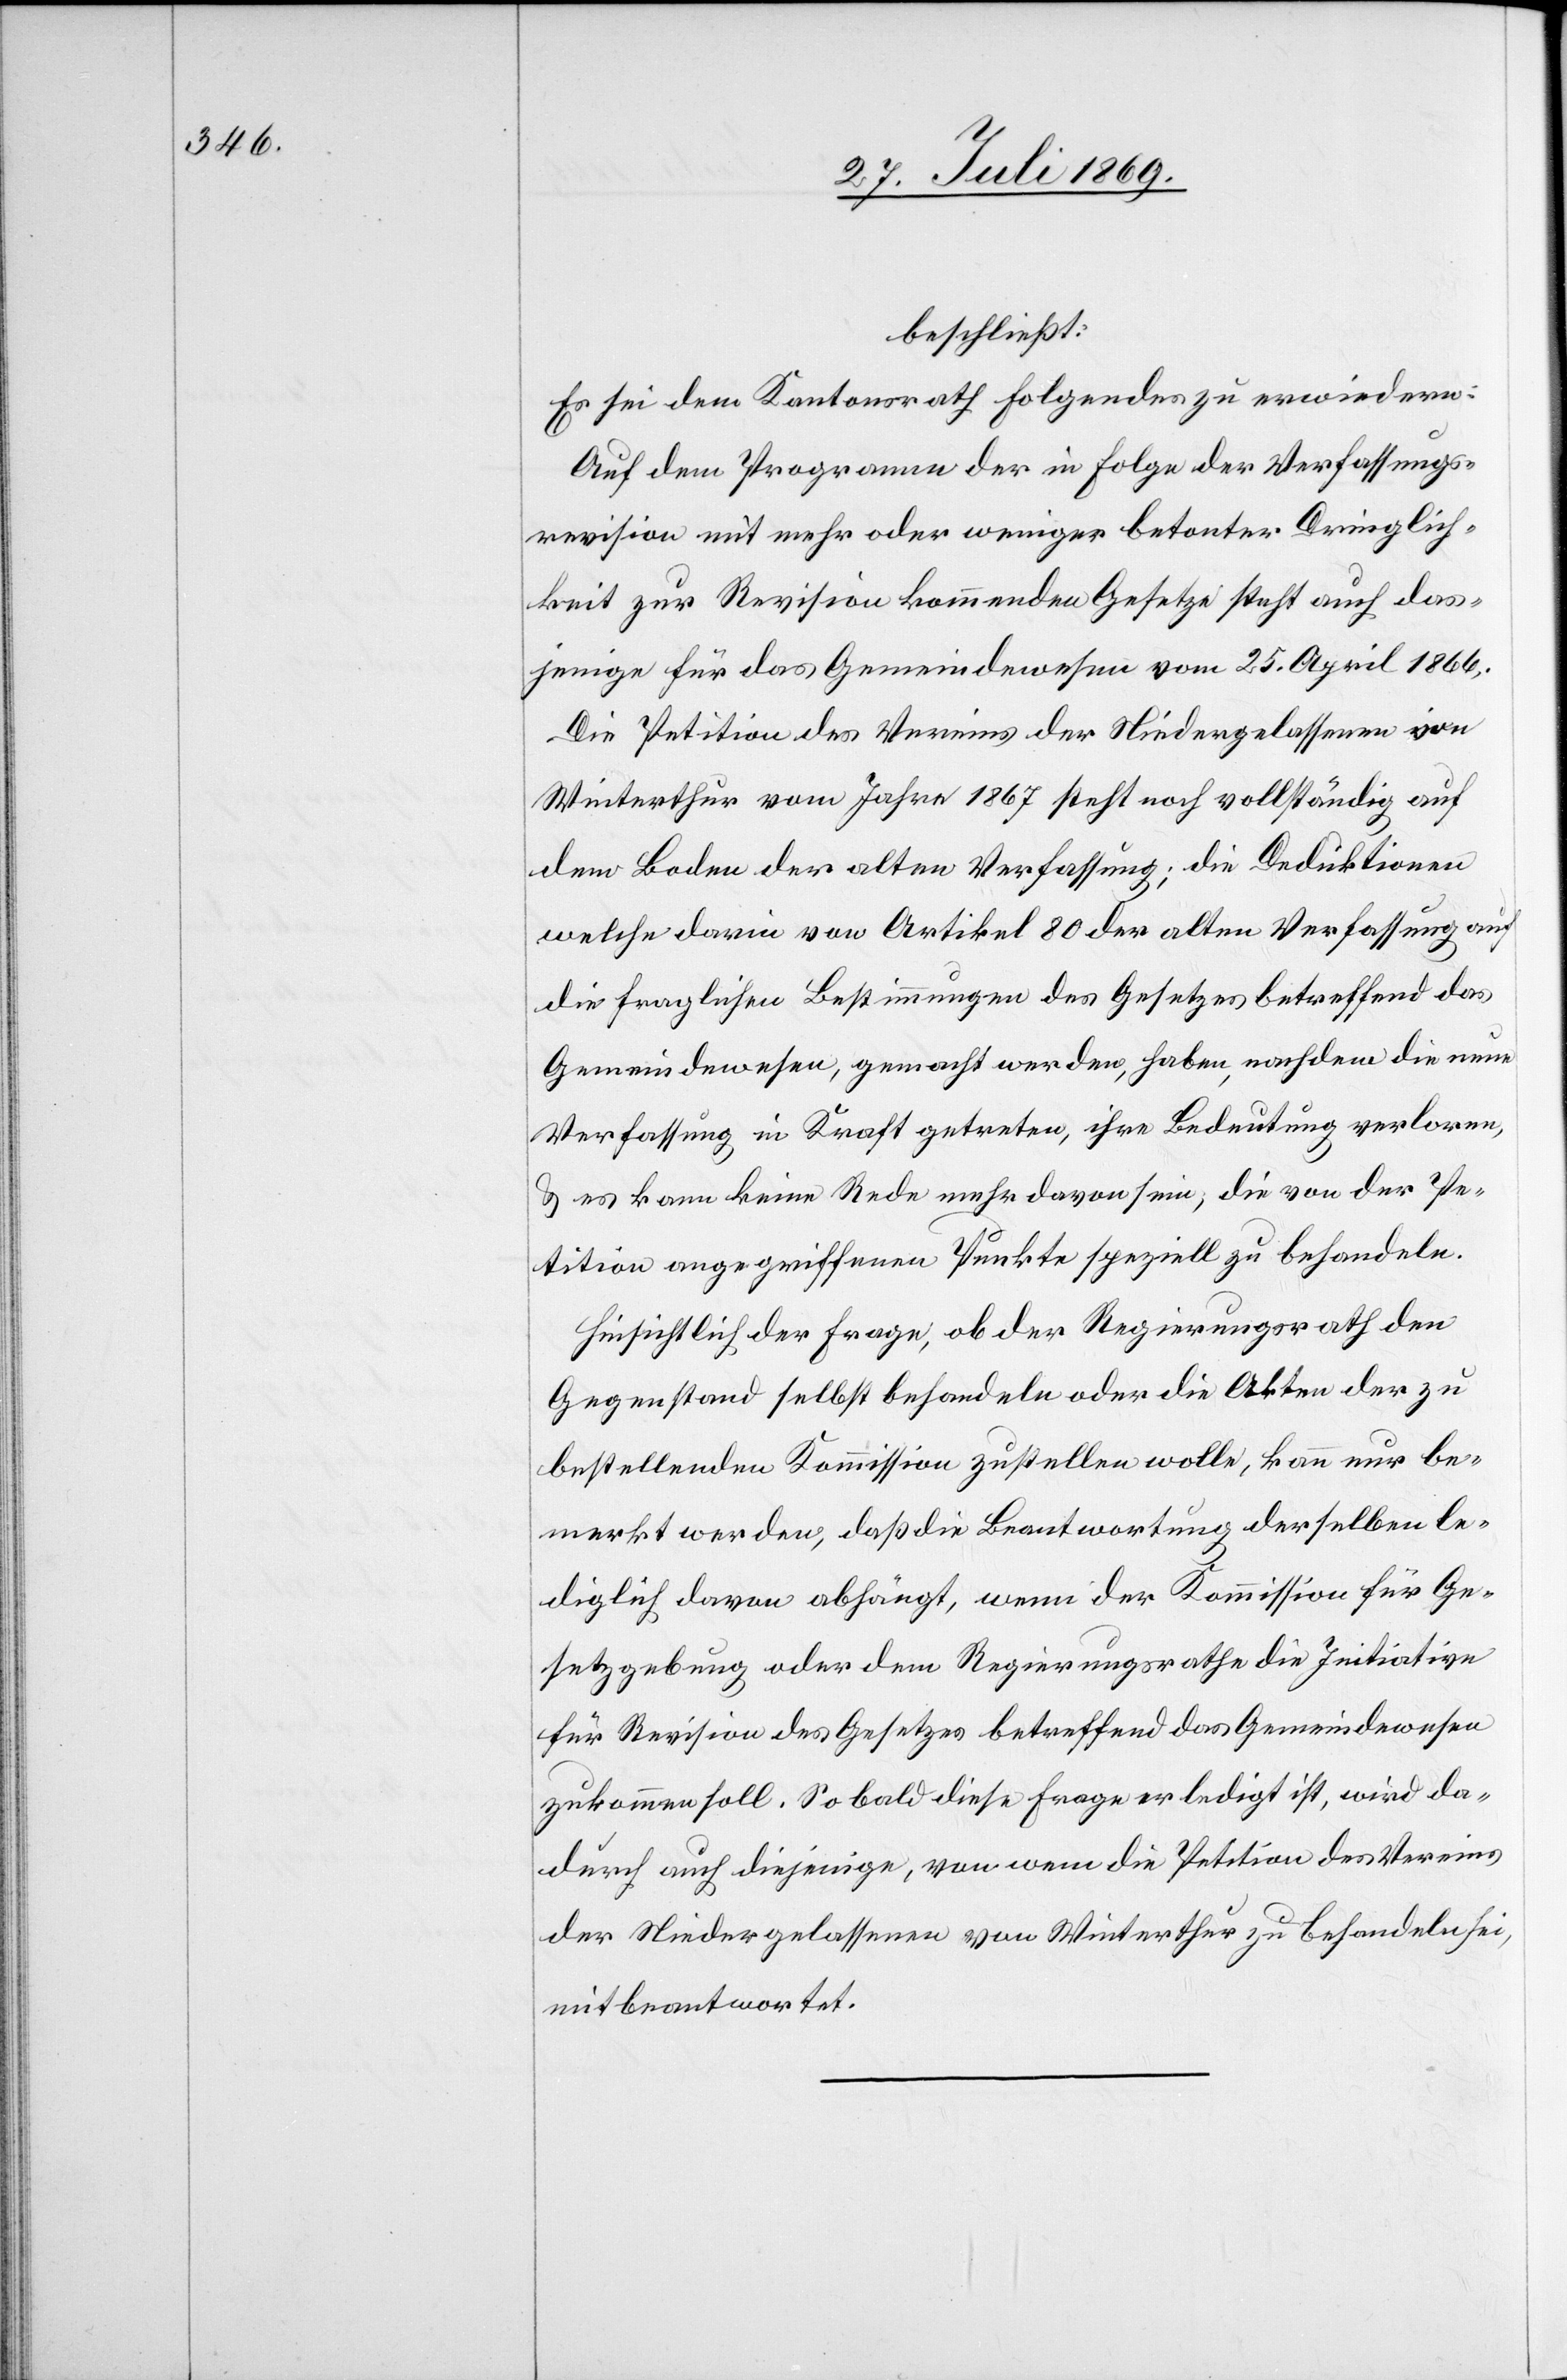
beschließt:
Es sei dem Kantonsrath Folgendes zu erwiedern:
Auf dem Programm der in Folge der Verfassungs¬
revision mit mehr oder weniger betonter Dringlich¬
keit zur Revision kommenden Gesetze steht auch das¬
jenige für das Gemeindewesen vom 25 April 1866.
Die Petition des Vereines der Niedergelassenen von
Winterthur vom Jahre 1867 steht noch vollständig auf
dem Boden der alten Verfassung; die Deduktionen
welche darin von Artikel 80 der alten Verfassung auf
die fraglichen Bestimmungen des Gesetzes betreffend das
Gemeindewesen, gemacht werden, haben, nachdem die neue
Verfassung in Kraft getreten, ihre Bedeutung verloren,
u. es kann keine Rede mehr davon sein, die von der Pe¬
tition angegriffenen Punkte speziell zu behandeln.
Hinsichtlich der Frage, ob der Regierungsrath den
Gegenstand selbst behandeln oder die Akten der zu
bestellenden Kommission zustellen wolle, kann nur be¬
merkt werden, daß die Beantwortung derselben le¬
diglich davon abhängt, wenn der Kommission für Ge¬
setzgebung oder dem Regierungsrathe die Initiative
für Revision des Gesetzes betreffend das Gemeindewesen
zukommen soll. So bald diese Frage erledigt ist, wird da¬
durch auch diejenige, von wem die Petition des Vereines
der Niedergelassenen von Winterthur zu behandeln sei,
mitbeantwortet.